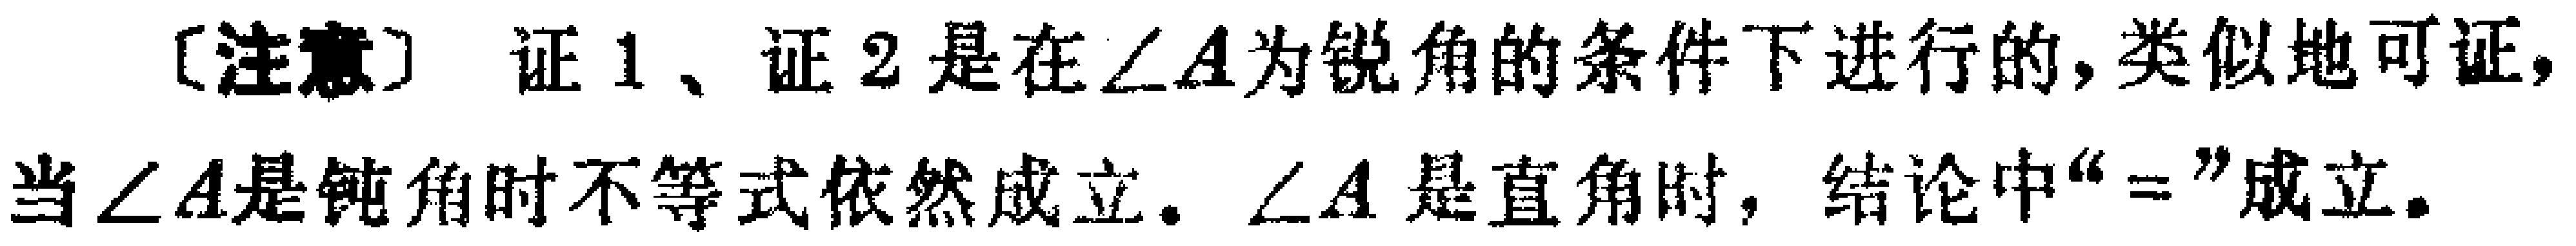
[注意] 证1、证2是在\(\angle A\)为锐角的条件下进行的, 类似地可证, 当\(\angle A\)是钝角时不等式依然成立。\(\angle A\)是直角时, 结论中“\(=\)”成立。